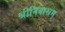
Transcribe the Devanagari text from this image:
श्रीनिवासम्‌